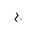
Letter: _gim